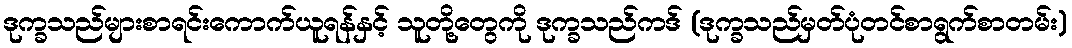
ဒုက္ခသည်များစာရင်းကောက်ယူရန်နှင့် သူတို့တွေကို ဒုက္ခသည်ကဒ် (ဒုက္ခသည်မှတ်ပုံတင်စာရွက်စာတမ်း)